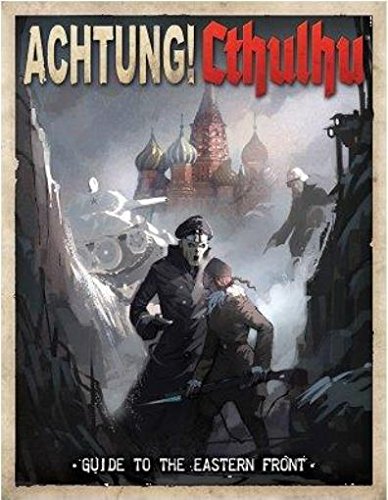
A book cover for Achtung! Cthulhu Guide to the Eastern Front; Lynne Hardy; Science Fiction & Fantasy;